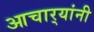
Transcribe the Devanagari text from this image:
आचार्‍यांनी